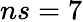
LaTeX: ns=7